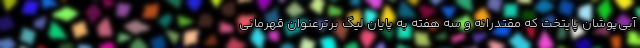
آبی‌پوشان پایتخت که مقتدرانه و سه هفته به پایان لیگ برترعنوان قهرمانی